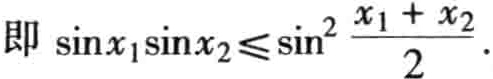
即 \(\sin x_{1}\sin x_{2}\leq\sin^{2}\frac{x_{1} + x_{2}}{2}\).